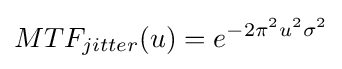
MTF_{jitter}(u)=e^{-2\pi ^{2}u^{2}\sigma ^{2}}